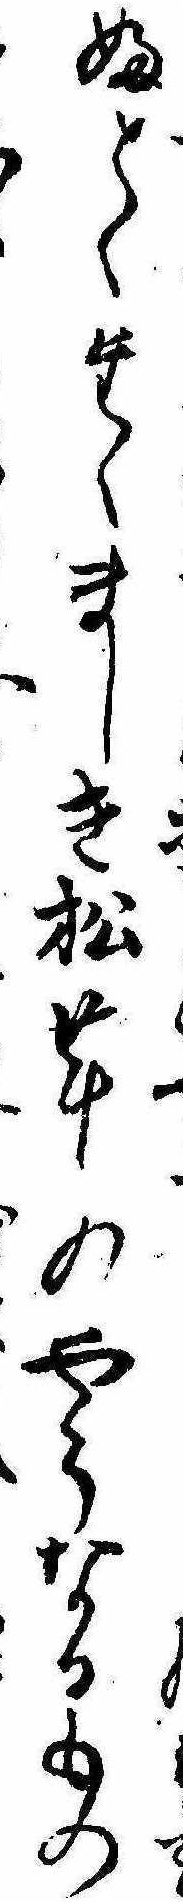
ふとくたくましき松茸のやうなるもの